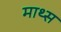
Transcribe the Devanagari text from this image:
माथ्स